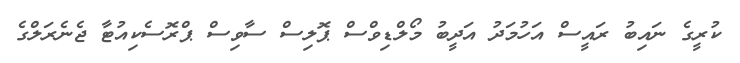
ކުރީގެ ނައިބު ރައީސް އަހުމަދު އަދީބު މޯލްޑިވްސް ޕޮލިސް ސާވިސް ޕްރޮސެކިއުޓާ ޖެނެރަލްގެ